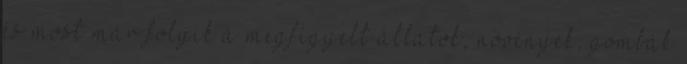
és most már folyik a megfigyelt állatok, növények, gombák